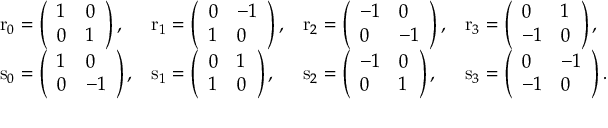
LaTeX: \begin{array} { l l l l } { \mathrm { r } _ { 0 } = \left( { \begin{array} { l l } { 1 } & { 0 } \\ { 0 } & { 1 } \end{array} } \right) , } & { \mathrm { r } _ { 1 } = \left( { \begin{array} { l l } { 0 } & { - 1 } \\ { 1 } & { 0 } \end{array} } \right) , } & { \mathrm { r } _ { 2 } = \left( { \begin{array} { l l } { - 1 } & { 0 } \\ { 0 } & { - 1 } \end{array} } \right) , } & { \mathrm { r } _ { 3 } = \left( { \begin{array} { l l } { 0 } & { 1 } \\ { - 1 } & { 0 } \end{array} } \right) , } \\ { \mathrm { s } _ { 0 } = \left( { \begin{array} { l l } { 1 } & { 0 } \\ { 0 } & { - 1 } \end{array} } \right) , } & { \mathrm { s } _ { 1 } = \left( { \begin{array} { l l } { 0 } & { 1 } \\ { 1 } & { 0 } \end{array} } \right) , } & { \mathrm { s } _ { 2 } = \left( { \begin{array} { l l } { - 1 } & { 0 } \\ { 0 } & { 1 } \end{array} } \right) , } & { \mathrm { s } _ { 3 } = \left( { \begin{array} { l l } { 0 } & { - 1 } \\ { - 1 } & { 0 } \end{array} } \right) . } \end{array}